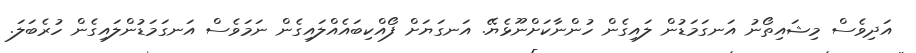
އަދިވެސް މިޝައިތޯނު އަނގަމަޑުން ލައިގެން ހުންނާކަށްނޫޅެޔޭ. އަނގަޔަށް ފޯއްކިބައެއްލައިގެން ނަމަވެސް އަނގަމަޑުންލައިގެން ހުރެބަލަ.